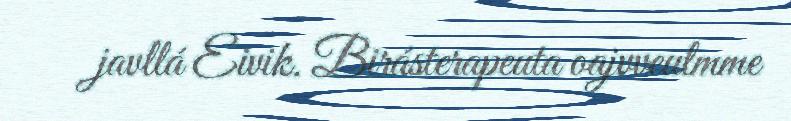
javllá Eivik. Birásterapeuta oajvveulmme